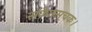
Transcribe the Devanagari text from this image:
संकेतसूचक।